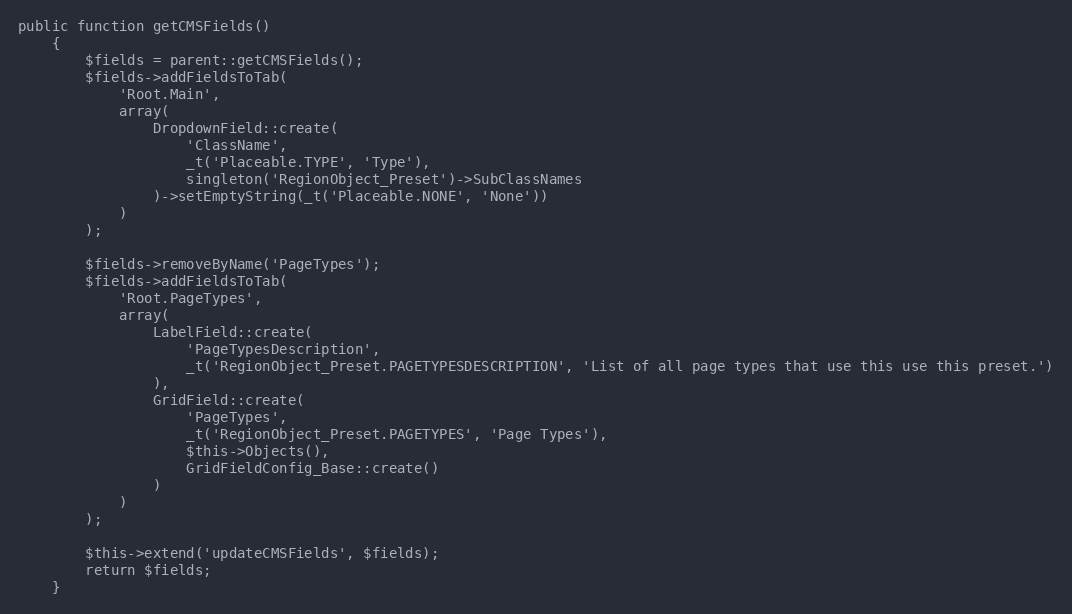
Language: PHP
public function getCMSFields()
    {
        $fields = parent::getCMSFields();
        $fields->addFieldsToTab(
            'Root.Main',
            array(
                DropdownField::create(
                    'ClassName',
                    _t('Placeable.TYPE', 'Type'),
                    singleton('RegionObject_Preset')->SubClassNames
                )->setEmptyString(_t('Placeable.NONE', 'None'))
            )
        );

        $fields->removeByName('PageTypes');
        $fields->addFieldsToTab(
            'Root.PageTypes',
            array(
                LabelField::create(
                    'PageTypesDescription',
                    _t('RegionObject_Preset.PAGETYPESDESCRIPTION', 'List of all page types that use this use this preset.')
                ),
                GridField::create(
                    'PageTypes',
                    _t('RegionObject_Preset.PAGETYPES', 'Page Types'),
                    $this->Objects(),
                    GridFieldConfig_Base::create()
                )
            )
        );

        $this->extend('updateCMSFields', $fields);
        return $fields;
    }